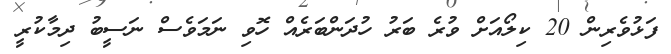
ފަޅުވެރިން 20 ކިލޯއަށް ވުރެ ބަރު ހުދަންބަރެއް ހޮވި ނަމަވެސް ނަސީބު ދިމާކުރީ